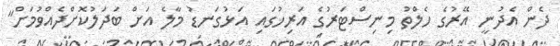
ދެން އެދުނީ އޭރުގެ ހެލްތު މިނިސްޓަރުގެ އަރިހުގައި އަޅުގަނޑު މާލެ އަށް ބަދަލުކޮށްދެއްވުމަށް"